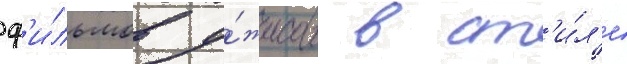
ф'и́льмов у́жасов в ст'и́л'е